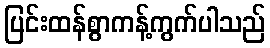
ပြင်းထန်စွာကန့်ကွက်ပါသည်